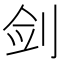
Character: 剑